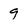
Character: 9